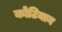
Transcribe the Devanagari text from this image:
कोटियान